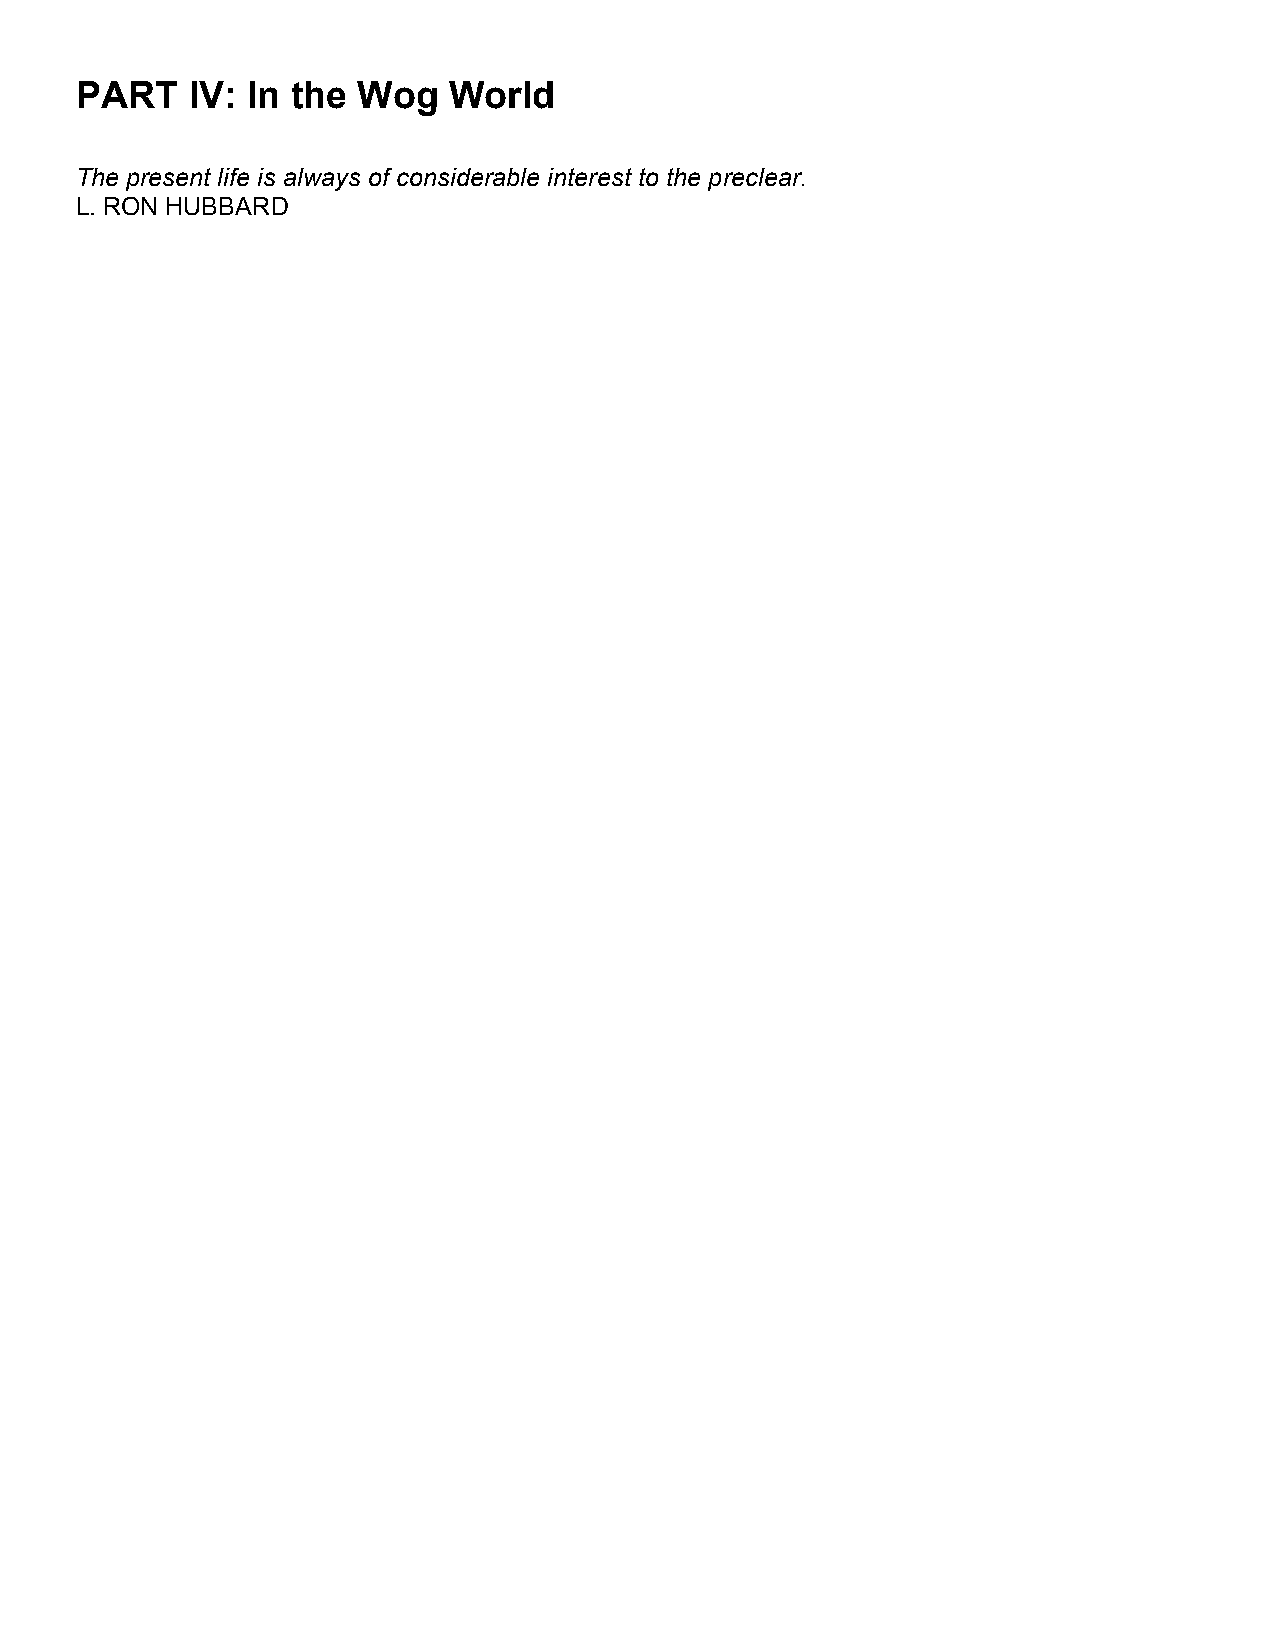
PART   IV: In the  Wog   World
 The present life is always of considerable interest to the preclear.
 L. RON HUBBARD